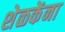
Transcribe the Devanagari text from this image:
शेळकेंना